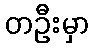
တဦးမှာ